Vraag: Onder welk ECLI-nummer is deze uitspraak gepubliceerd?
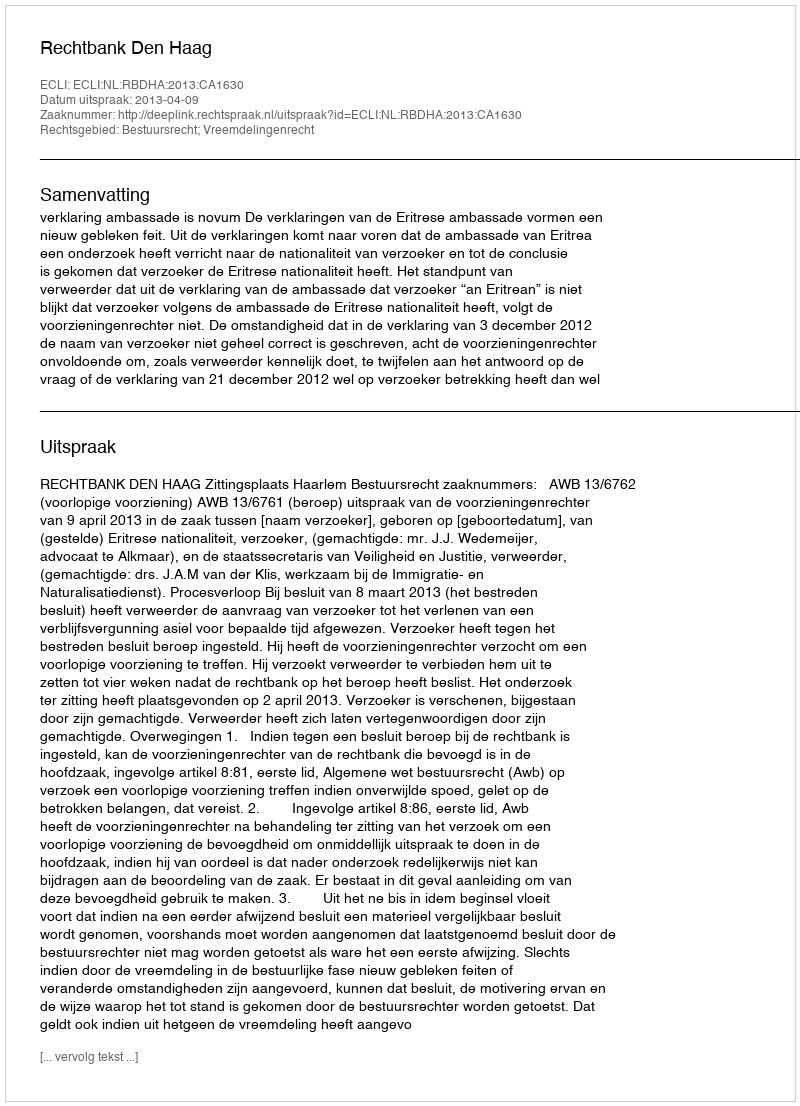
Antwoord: ECLI:NL:RBDHA:2013:CA1630